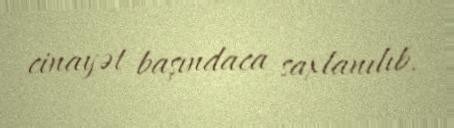
cinayət başındaca saxlanılıb.